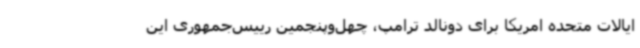
ایالات متحده امریکا برای دونالد ترامپ، چهل‌وپنجمین رییس‌جمهوری این